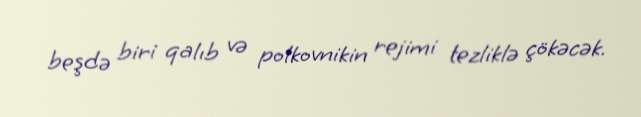
beşdə biri qalıb və polkovnikin rejimi tezliklə çökəcək.